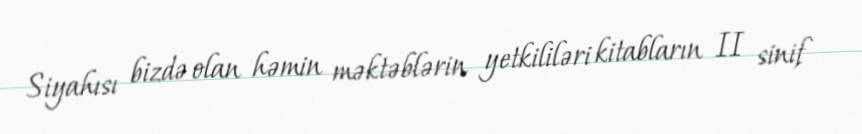
Siyahısı bizdə olan həmin məktəblərin yetkililəri kitabların II sinif